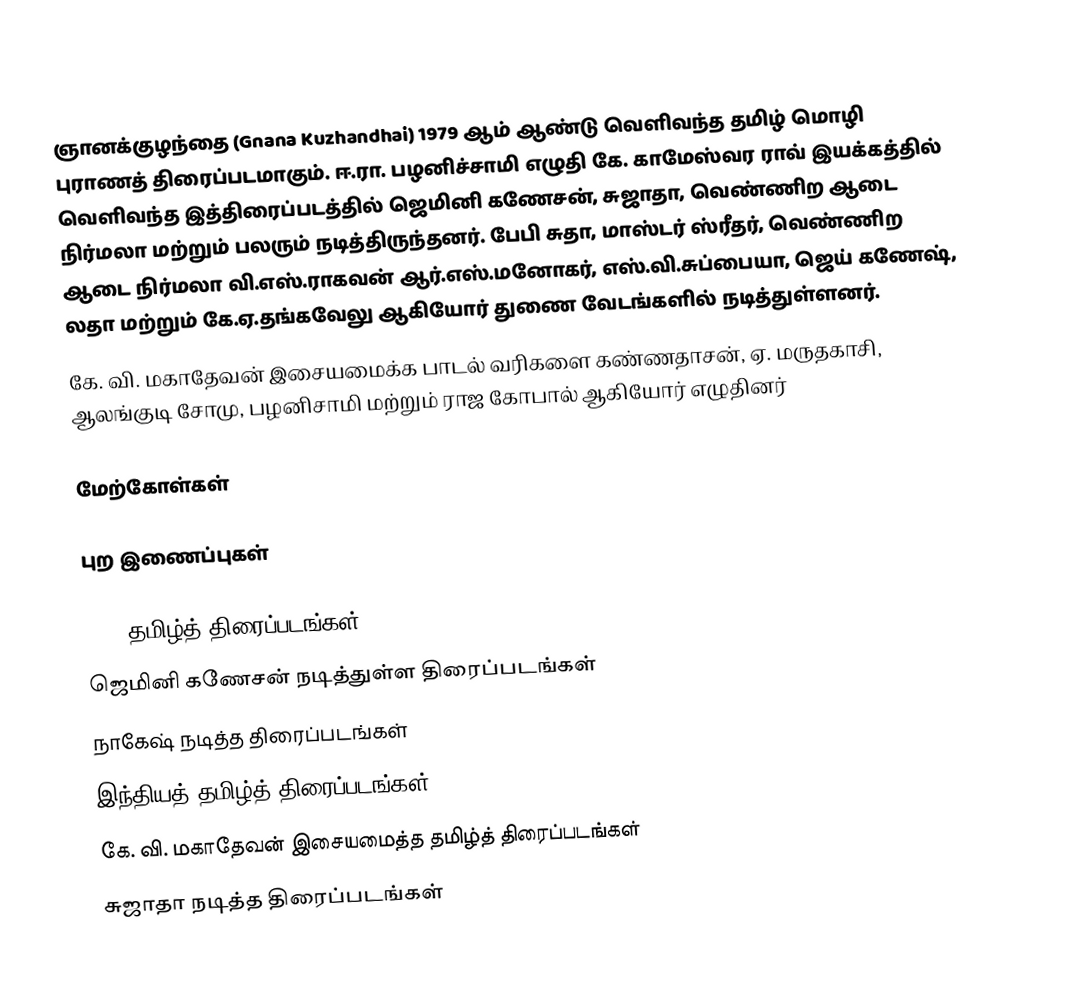
ஞானக்குழந்தை (Gnana Kuzhandhai) 1979 ஆம் ஆண்டு வெளிவந்த தமிழ் மொழி புராணத் திரைப்படமாகும். ஈ.ரா. பழனிச்சாமி எழுதி கே. காமேஸ்வர ராவ் இயக்கத்தில் வெளிவந்த இத்திரைப்படத்தில் ஜெமினி கணேசன், சுஜாதா, வெண்ணிற ஆடை நிர்மலா மற்றும் பலரும் நடித்திருந்தனர். பேபி சுதா, மாஸ்டர் ஸ்ரீதர், வெண்ணிற ஆடை நிர்மலா வி.எஸ்.ராகவன் ஆர்.எஸ்.மனோகர், எஸ்.வி.சுப்பையா, ஜெய் கணேஷ், லதா மற்றும் கே.ஏ.தங்கவேலு ஆகியோர் துணை வேடங்களில் நடித்துள்ளனர்.
கே. வி. மகாதேவன் இசையமைக்க பாடல் வரிகளை கண்ணதாசன், ஏ. மருதகாசி, ஆலங்குடி சோமு, பழனிசாமி மற்றும் ராஜ கோபால் ஆகியோர் எழுதினர்

மேற்கோள்கள்

புற இணைப்புகள்

1979 தமிழ்த் திரைப்படங்கள்
ஜெமினி கணேசன் நடித்துள்ள திரைப்படங்கள்
நாகேஷ் நடித்த திரைப்படங்கள்
இந்தியத் தமிழ்த் திரைப்படங்கள்
கே. வி. மகாதேவன் இசையமைத்த தமிழ்த் திரைப்படங்கள்
சுஜாதா நடித்த திரைப்படங்கள்